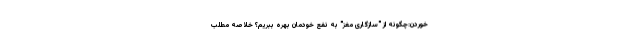
خوردن:چگونه از "سازگاری مغز" به نفع خودمان بهره ببریم؟ خلاصه مطلب